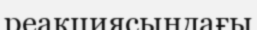
реакциясындағы